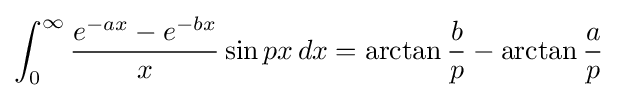
\int _{0}^{\infty }{\frac {e^{-ax}-e^{-bx}}{x}}\sin px\,dx=\arctan {\frac {b}{p}}-\arctan {\frac {a}{p}}